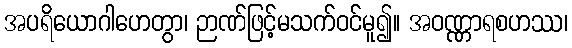
အပရိယောဂါဟေတွာ၊ ဉာဏ်ဖြင့်မသက်ဝင်မူ၍။ အဝဏ္ဏာရစဟဿ၊